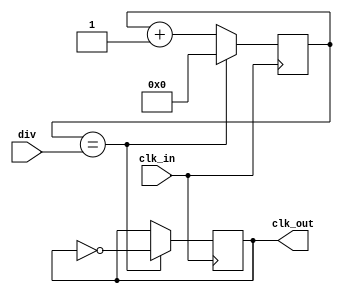
`timescale 1ns / 1ps
//////////////////////////////////////////////////////////////////////////////////
// Company: 
// Engineer: 
// 
// Design Name: 
// Module Name: clk_div
// Project Name: 
// Target Devices: 
// Tool Versions: 
// Description: 
// 
// Dependencies: 
// 
// Revision:
// Revision 0.01 - File Created
// Additional Comments:
// 
//////////////////////////////////////////////////////////////////////////////////


module clk_div(
    input  wire clk_in,
    output reg clk_out,
    input  wire [15:0] div
    );
    reg [15:0] count;
    initial
    begin
        clk_out = 0;
        count = 0;
    end
	always@(posedge clk_in)
	begin
       if(count == div) begin
           count <= 0;
           clk_out <= ~clk_out;
       end
       else begin
           count <= count + 1;
       end
    end
    
endmodule